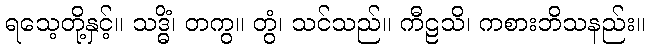
ရသေ့တို့နှင့်။ သဒ္ဓိံ၊ တကွ။ တွံ၊ သင်သည်။ ကီဠသိ၊ ကစားဘိသနည်း။